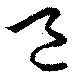
邑